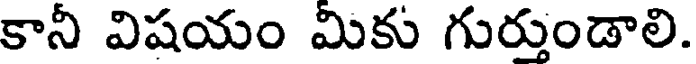
కానీ విషయం మికు గుర్తుండాలి.